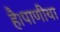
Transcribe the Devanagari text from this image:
है।पाणीया